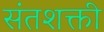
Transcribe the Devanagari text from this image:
संतशक्ती